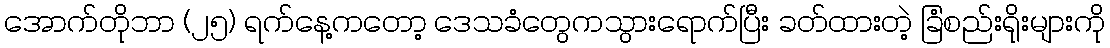
အောက်တိုဘာ (၂၅) ရက်နေ့ကတော့ ဒေသခံတွေကသွားရောက်ပြီး ခတ်ထားတဲ့ ခြံစည်းရိုးများကို